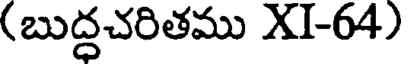
(బుద్ధచరితము XI-64)